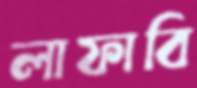
লাফাবি